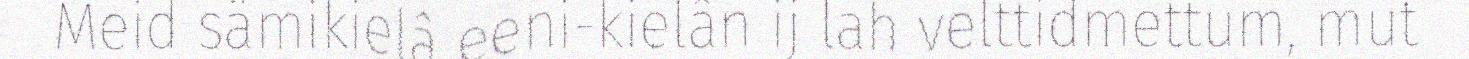
Meid sämikielâ eeni-kielân ij lah velttidmettum, mut